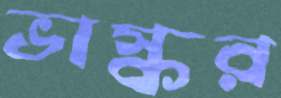
ভাস্কর